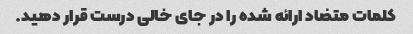
کلمات متضاد ارائه شده را در جای خالی درست قرار دهید.